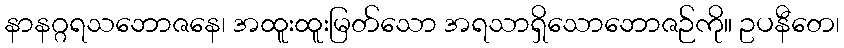
နာနဂ္ဂရသဘောဇနေ၊ အထူးထူးမြတ်သော အရသာရှိသောဘောဇဉ်ကို။ ဥပနီတေ၊